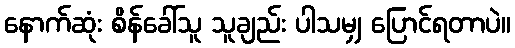
နောက်ဆုံး စိန်ခေါ်သူ သူချည်း ပါသမျှ ပြောင်ရတာပဲ။